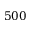
5 0 0